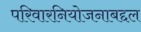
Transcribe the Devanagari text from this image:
परिवारनियोजनाबद्दल